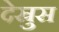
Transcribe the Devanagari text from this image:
देस्रुस